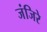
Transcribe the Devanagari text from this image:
जंजिरे